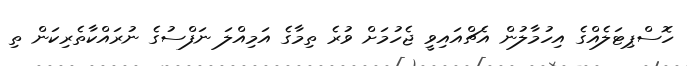
ހޮސްޕިޓަލެއްގެ އިހުމާލުން އެޗްއައިވީ ޖެހުމަށް ވުރެ ތިމާގެ އަމިއްލަ ނަފްސުގެ ނުރައްކާތެރިކަން ތި